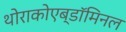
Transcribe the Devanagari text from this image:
थोराकोएब्डॉमिनल